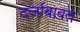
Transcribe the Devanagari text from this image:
दर्जाबाबत